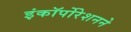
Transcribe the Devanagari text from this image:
इंकॉर्पोरेशनने